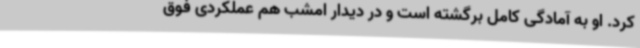
کرد. او به آمادگی کامل برگشته است و در دیدار امشب هم عملکردی فوق